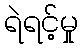
ရဲရင့်မှု